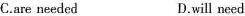
C.are needed D.will need